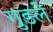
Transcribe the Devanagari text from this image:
गुडले